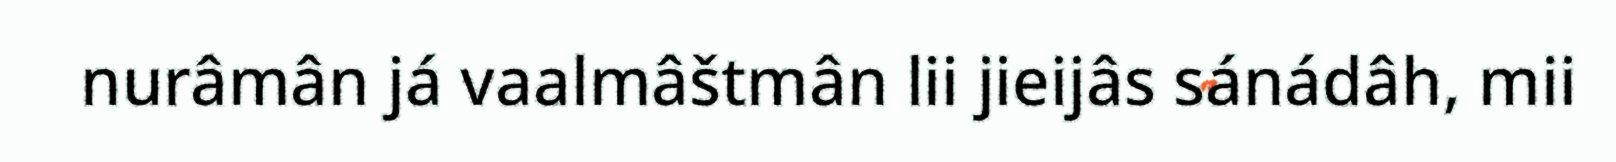
nurâmân já vaalmâštmân lii jieijâs sánádâh, mii